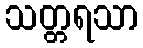
သတ္တရသာ